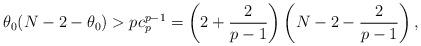
LaTeX: \begin{align*}\theta_0(N-2-\theta_0)>pc_p^{p-1}= \left(2+ \frac{2}{p-1}\right)\left(N-2-\frac{2}{p-1}\right),\end{align*}